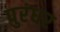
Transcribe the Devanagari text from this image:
पुरंधर